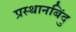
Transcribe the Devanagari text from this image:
प्रस्थानबिंदु